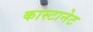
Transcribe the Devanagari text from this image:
कास्टानेट